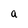
Character: a